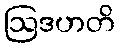
ဩဒဟတိ